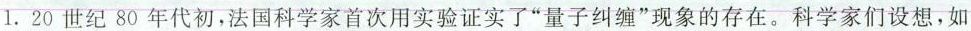
1.20世纪80年代初，法国科学家首次用实验证实了”量子纠缠”现象的存在。科学家们设想，如